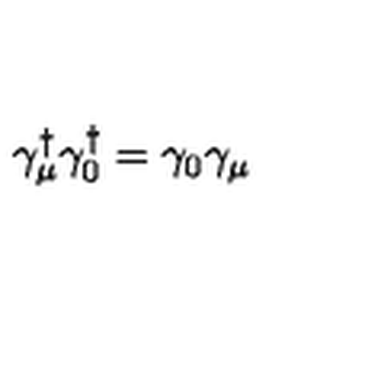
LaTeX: \gamma _ { \mu } ^ { \dagger } \gamma _ { 0 } ^ { \dagger } = \gamma _ { 0 } \gamma _ { \mu }